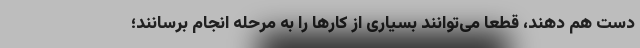
دست هم دهند، قطعا می‌توانند بسیاری از کارها را به مرحله انجام برسانند؛